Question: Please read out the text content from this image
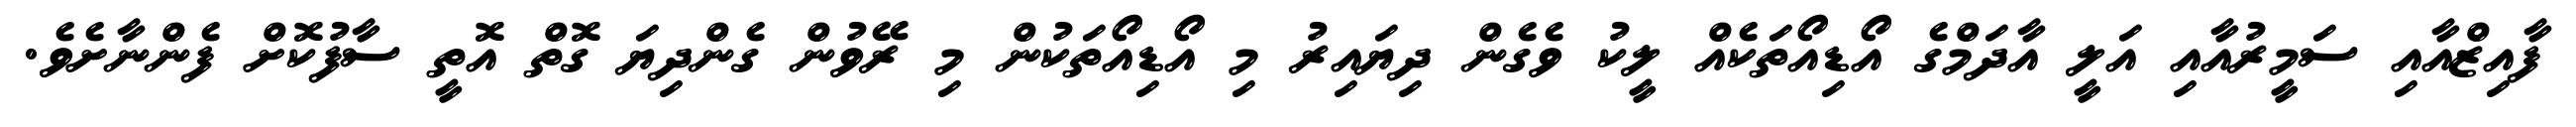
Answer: ފާއިޒްއާއި ސަމީރުއާއި އަލީ އާދަމްގެ އޯޑިއޯތަކެއް ލީކު ވެގެން ދިޔައިރު މި އޯޑިއޯތަކުން މި ރޭވުން ގެންދިޔަ ގޮތް އޮތީ ސާފުކޮށް ފެންނާށެވެ.